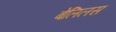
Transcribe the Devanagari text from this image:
बेलिलस